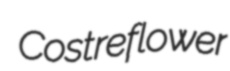
Cost reflower